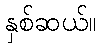
နှစ်ဆယ်။